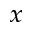
_ { x }